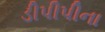
ડીપીપીના